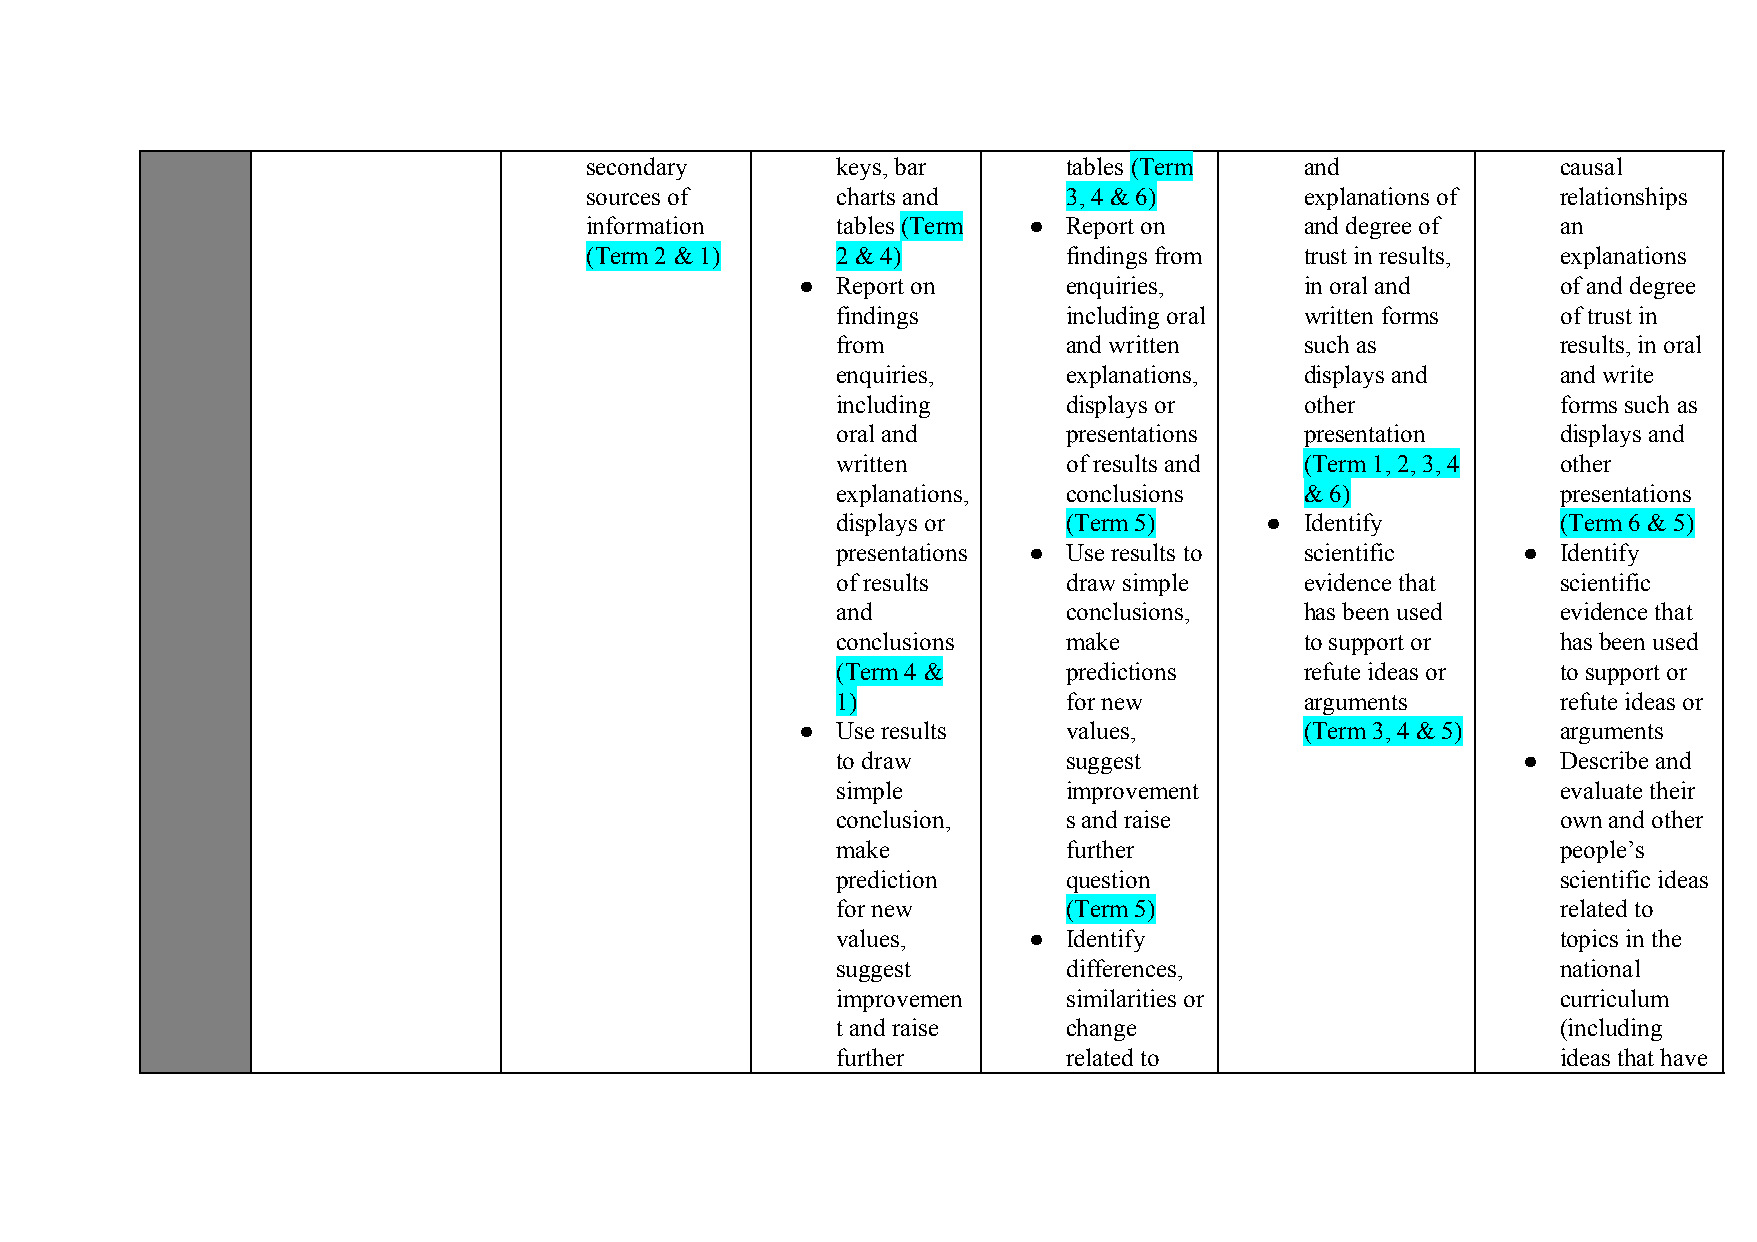
secondary       keys, bar       tables (Term   and              causal
 ​
 sources of      charts and      3, 4 & 6)      explanations of  relationships
 information     tables (Term ●  Report on      and degree of    an
 ​
 (Term 2 & 1)    2 & 4)          findings from  trust in results, explanations
 ● Report on       enquiries,     in oral and      of and degree
 findings        including oral written forms    of trust in
 from            and written    such as          results, in oral
 enquiries,      explanations,  displays and     and write
 including       displays or    other            forms such as
 oral and        presentations  presentation     displays and
 written         of results and (Term 1, 2, 3, 4 other
 explanations,   conclusions    & 6)             presentations
 displays or     (Term 5)     ● Identify         (Term 6 & 5)
 presentations ● Use results to scientific     ● Identify
 of results      draw simple    evidence that    scientific
 and             conclusions,   has been used    evidence that
 conclusions     make           to support or    has been used
 (Term 4 &       predictions    refute ideas or  to support or
 1)              for new        arguments        refute ideas or
 ● Use results     values,        (Term 3, 4 & 5)  arguments
 to draw         suggest                       ● Describe and
 simple          improvement                     evaluate their
 conclusion,     s and raise                     own and other
 make            further                         people’s
 prediction      question                        scientific ideas
 for new         (Term 5)                        related to
 values,      ●  Identify                        topics in the
 suggest         differences,                    national
 improvemen      similarities or                 curriculum
 t and raise     change                          (including
 further         related to                      ideas that have